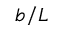
b / L